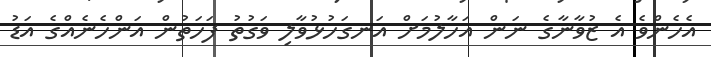
އެހެންވެ އެ ޒުވާނާގެ ނަން އަހާލުމަށް އަނގަހުޅުވާލި ވަގުތު ފަހަތުން އަންހެނެއްގެ އަޑު